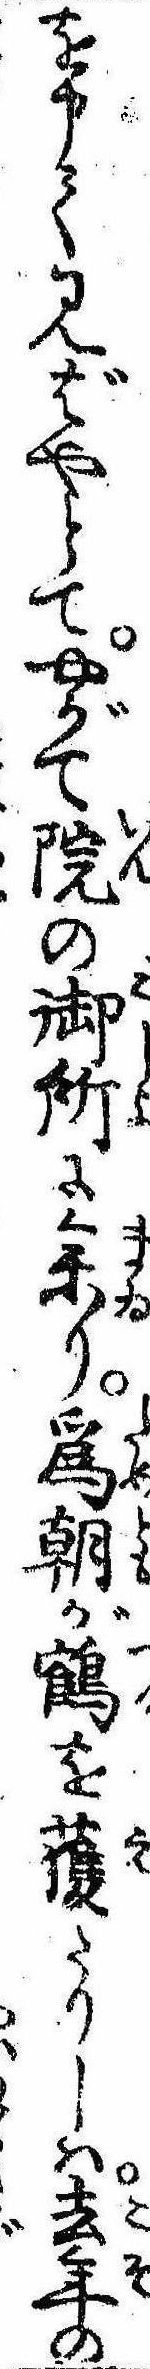
を申て見ばやとてやがて院の御所に参り為朝が鶴を獲たりしは去年の